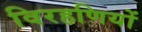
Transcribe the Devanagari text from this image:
विरहणियों